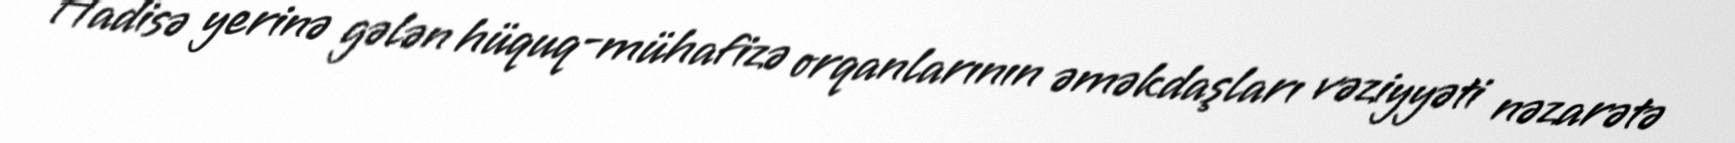
Hadisə yerinə gələn hüquq-mühafizə orqanlarının əməkdaşları vəziyyəti nəzarətə